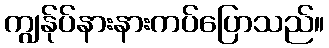
ကျွန်ုပ်နားနားကပ်ပြောသည်။